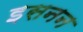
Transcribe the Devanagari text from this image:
इसनन